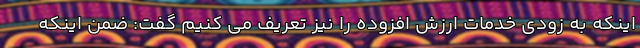
اینکه به زودی خدمات ارزش افزوده را نیز تعریف می کنیم گفت: ضمن اینکه